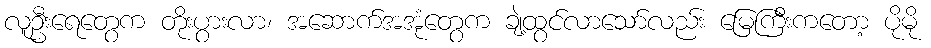
လူဦးရေတွေက တိုးပွားလာ၊ အဆောက်အအုံတွေက ချဲ့ထွင်လာသော်လည်း မြေကြီးကတော့ ပိုမို